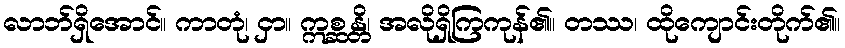
လာဘ်ရှိအောင်။ ကာတုံ၊ ငှာ။ ဣစ္ဆန္တိ၊ အလိုရှိကြကုန်၏။ တဿ၊ ထိုကျောင်းတိုက်၏။